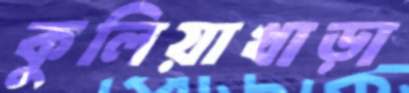
কুলিয়াখাড়া